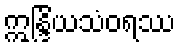
ဣန္ဒြိယသံဝရဿ